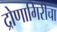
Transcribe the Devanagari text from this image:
द्रोणागिरीचा